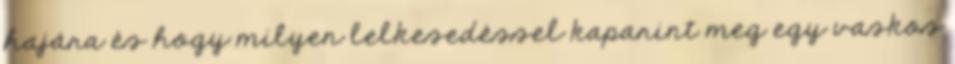
hajára és hogy milyen lelkesedéssel kaparint meg egy vaskos